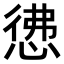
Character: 𭝖